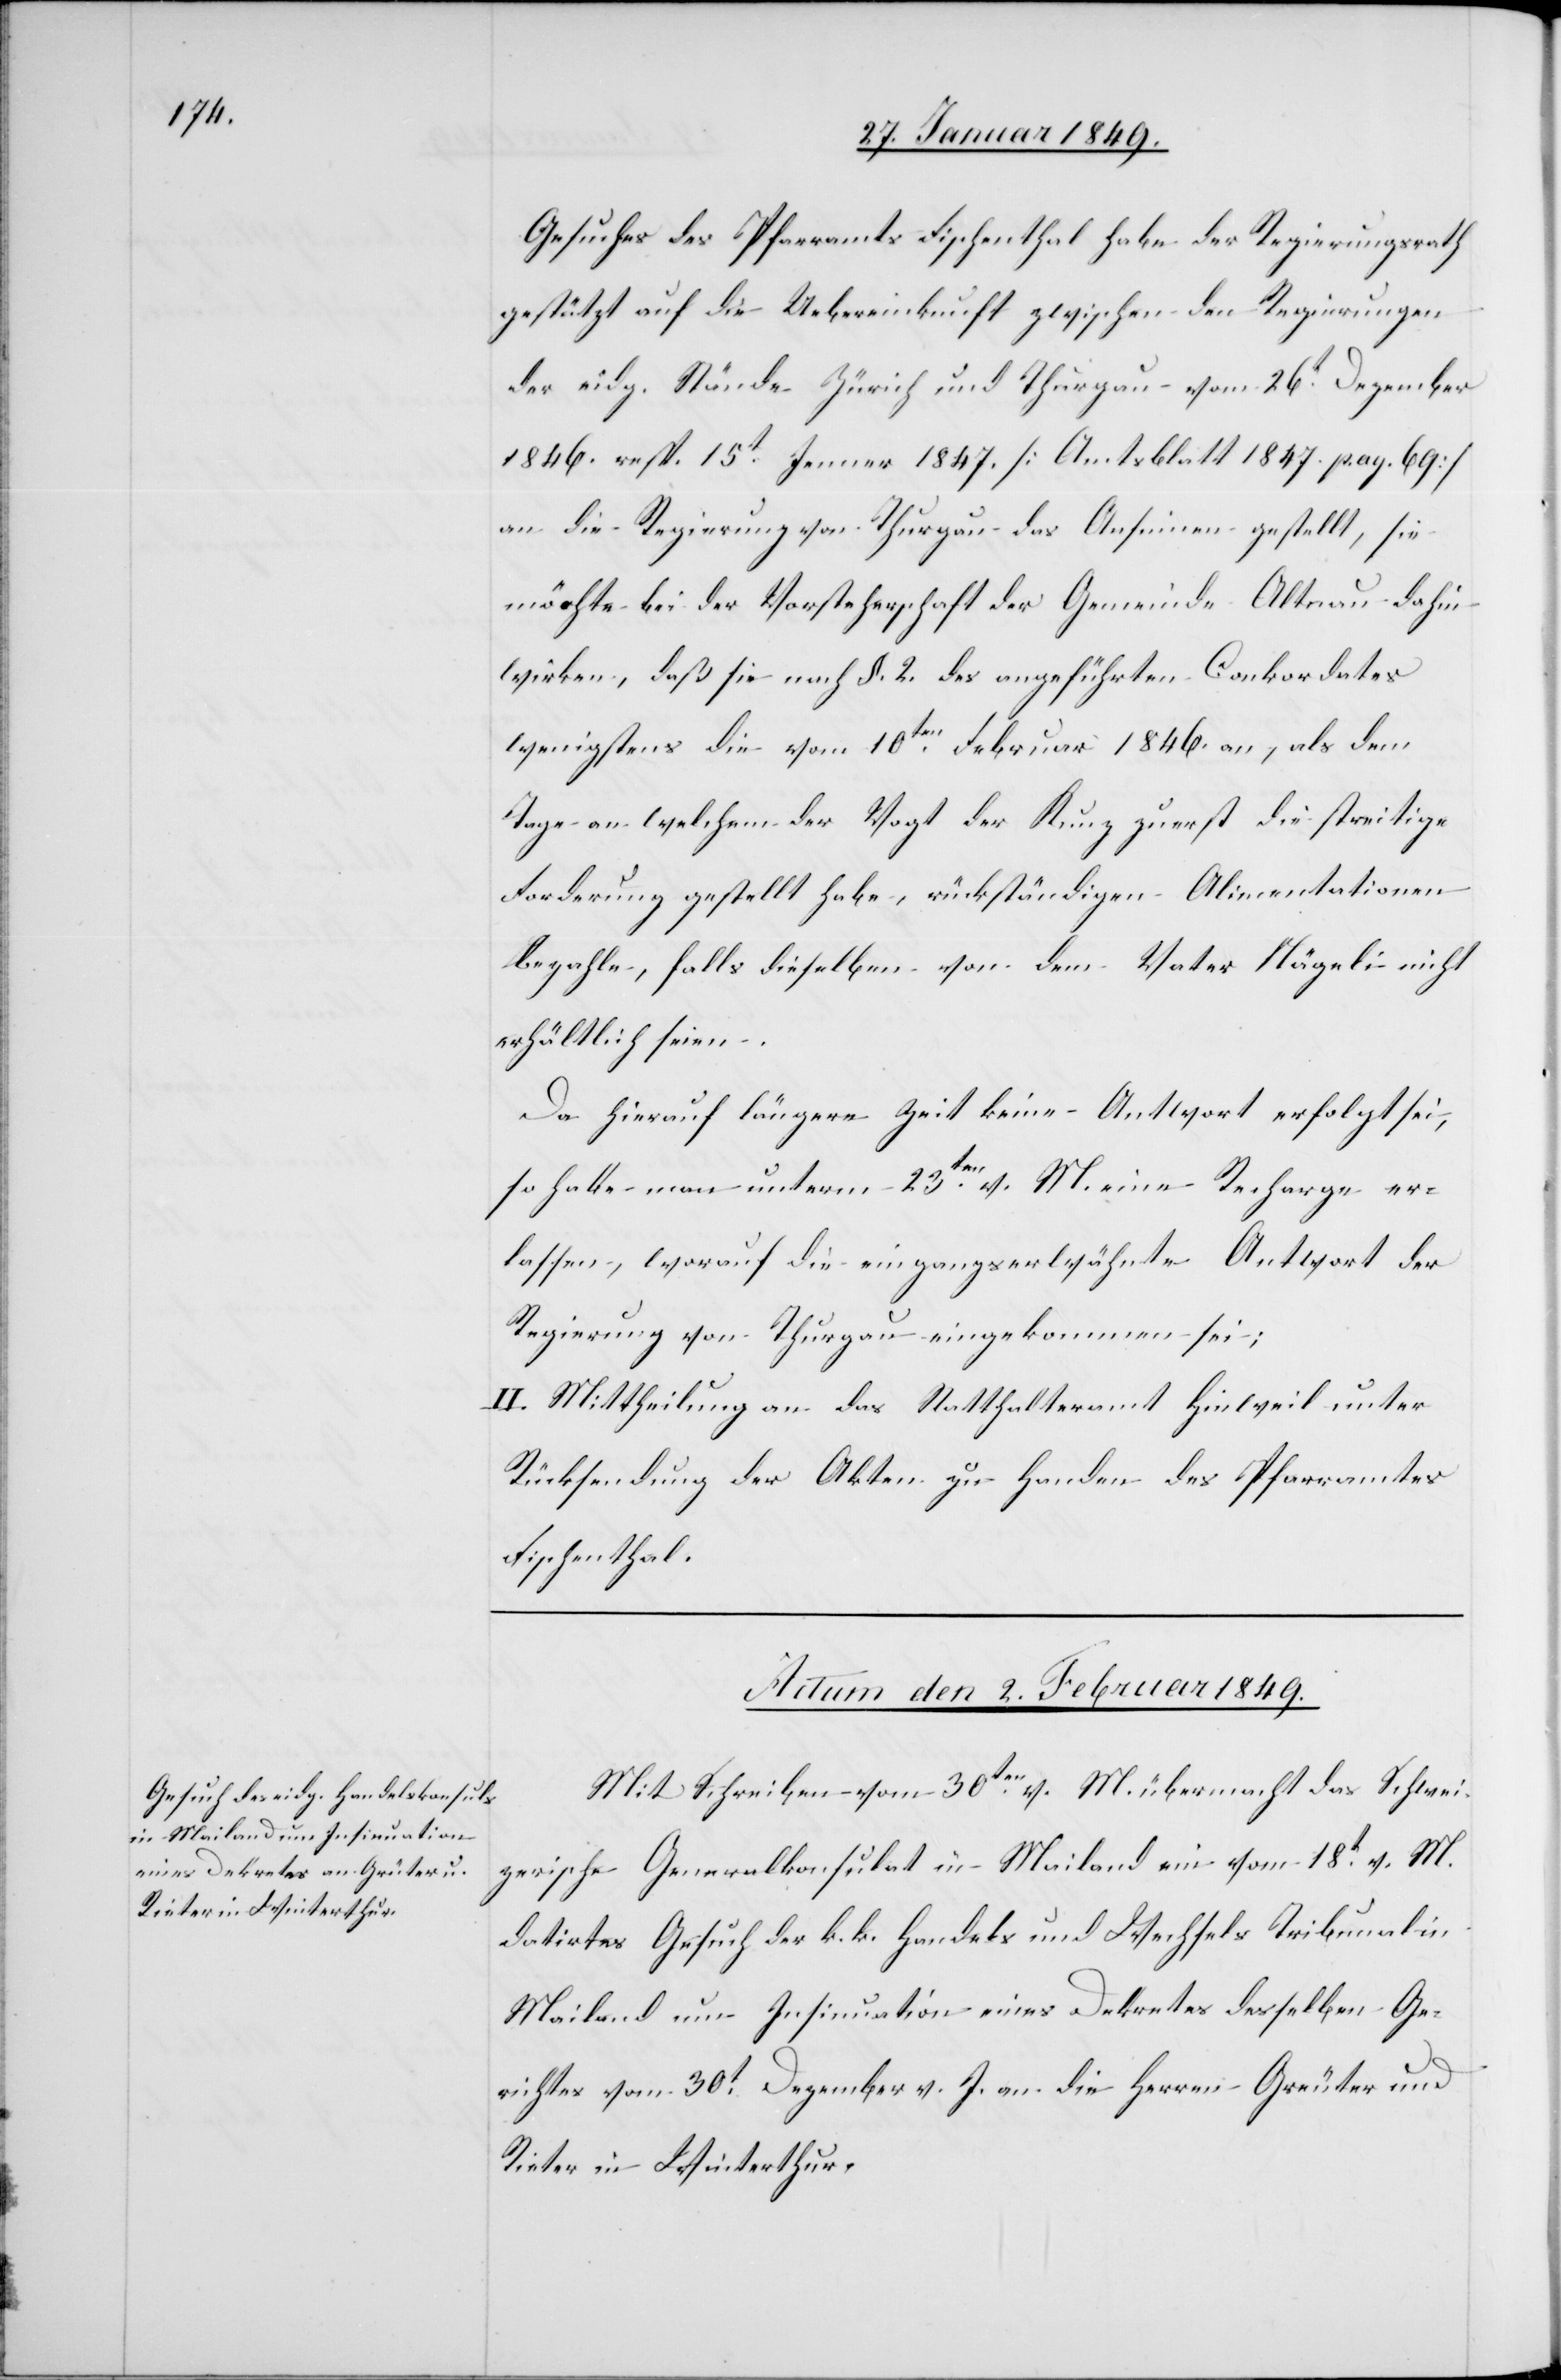
Gesuches des Pfarramts Fischenthal habe der Regierungsrath
gestützt auf die Uebereinkunft zwischen den Regierungen
der eidg. Stände Zürich und Thurgau vom 26t. Dezember
1846. resp. 15t. Jenner 1847. [Amtsblatt 1847. pag. 69]
an die Regierung von Thurgau das Ansinnen gestellt, sie
möchte bei der Vorsteherschaft der Gemeinde Altnau dahin
wirken, daß sie nach §. 2. des angeführten Conkordates
wenigstens die vom 10ten. Februar 1846. an, als dem
Tage an welchem der Vogt der Kunz zuerst die streitige
Forderung gestellt habe, rückständigen Alimentationen
bezahle, falls dieselben von dem Vater Nägeli nicht
erhältlich seien.
Da hierauf längere Zeit keine Antwort erfolgt sei,
so habe man unterm 23ten. v. M. eine Recharge er¬
lassen, worauf die eingangs erwähnte Antwort der
Regierung von Thurgau eingekommen sei;
II. Mittheilung an das Statthalteramt Hinweil unter
Rücksendung der Akten zu Handen des Pfarramtes
Fischenthal.
Actum den 2. Februar 1849.
Mit Schreiben vom 30ten. v. M. übermacht das Schwei¬
zerische Generalkonsulat in Mailand ein vom 18t. v. M.
datirtes Gesuch der k. k. Handels und Wechsels Tribunal in
Mailand um Insinuation eines Dekretes desselben Ge¬
richtes vom 30t. Dezember v. J. an die Herren Greuter
Rieter in Winterthur.